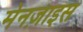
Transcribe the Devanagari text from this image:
मेनज़ाइस